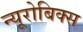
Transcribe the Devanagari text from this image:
न्यूरोबिक्स